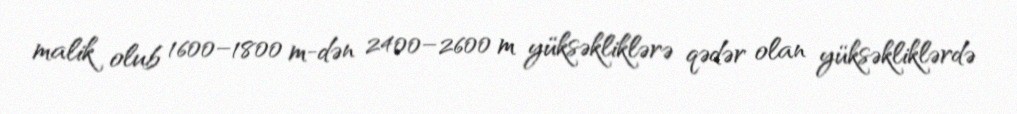
malik olub 1600–1800 m-dən 2400–2600 m yüksəkliklərə qədər olan yüksəkliklərdə